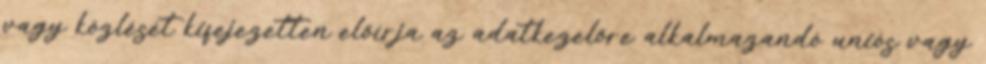
vagy közlését kifejezetten előírja az adatkezelőre alkalmazandó uniós vagy